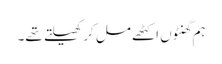
ہم گھنٹوں اکٹھے مل کر کھیلتے تھے۔